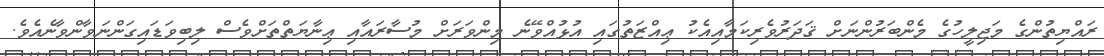
ރައްޔިތުންގެ މަޖިލީހުގެ މެންބަރުންނަށް ޤަދަރުވެރިކަމާއިއެކު ޢިއްޒަތުގައި އުޅުއްވޭނެ މިންވަރަށް މުސާރައާއި ޢިނާޔަތްތަށްވެސް ލިބިވަޑައިގަންނަވާންވާނެއެވެ.